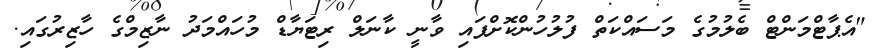
"އެޕާޓްމަންޓް ބެލުމުގެ މަސައްކަތް ފުލުހުންކޮށްފައި ވާނީ ކާނަލް ރިޓަޔާޑް މުހައްމަދު ނާޒިމްގެ ހާޒިރުގައި.